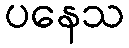
ပနေသ